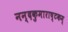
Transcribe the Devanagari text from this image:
नन्दकुमाराष्टकम्